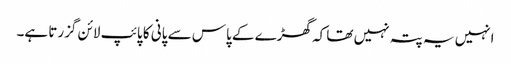
انہیں یہ پتہ نہیں تھا کہ گھڑے کے پاس سے پانی کا پائپ لائن گزرتا ہے۔